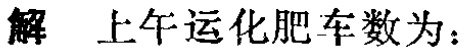
解 上午运化肥车数为：